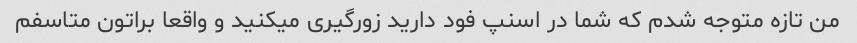
من تازه متوجه شدم که شما در اسنپ فود دارید زورگیری میکنید و واقعا براتون متاسفم